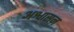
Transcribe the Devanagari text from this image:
अश्वासन